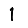
Digit: 1